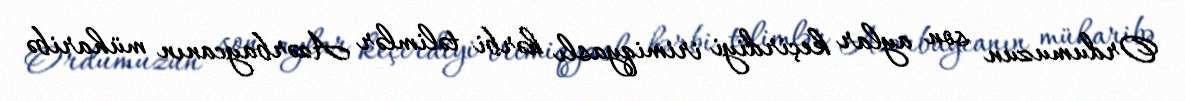
Ordumuzun son aylar keçirdiyi irimiqyaslı hərbi təlimlər Azərbaycanın müharibə